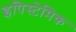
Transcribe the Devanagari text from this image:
इपिस्टेमिक